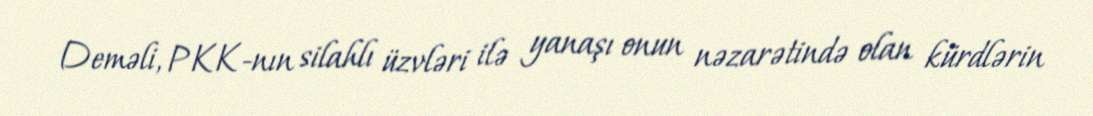
Deməli, PKK-nın silahlı üzvləri ilə yanaşı onun nəzarətində olan kürdlərin